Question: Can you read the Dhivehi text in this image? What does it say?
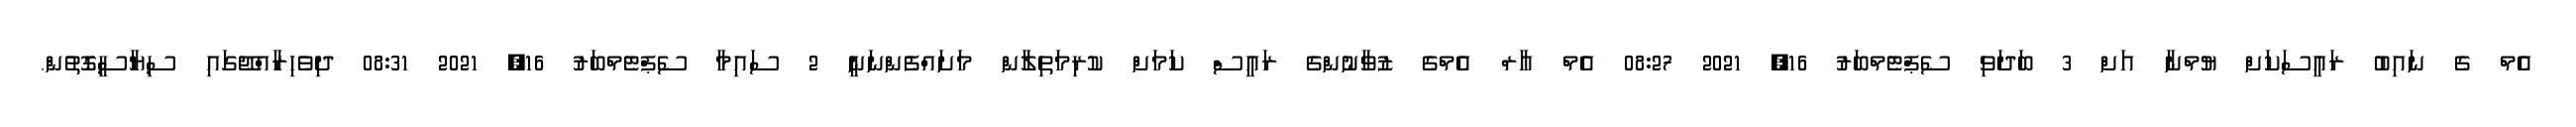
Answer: އެމް ގެ ނައިބު ރައީސަކަށް ޔުމްނާ އަށް 3 ބަދަވި ސެޕްޓެމްބަރު 16, 2021 08:27 އެމް އާރް އެމްގެ ޒުވާނުންގެ ރައީސް ކަމަށް ކުރިމަތިލާން މަށައްފެންނަނީ 2 ސައިމާ ސެޕްޓެމްބަރު 16, 2021 08:31 ދިވެހިރާއްޖޭގައި ސިޔާސީގޮތުން.